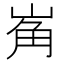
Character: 𱛮